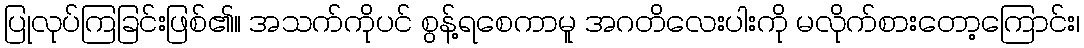
ပြုလုပ်ကြခြင်းဖြစ်၏။ အသက်ကိုပင် စွန့်ရစေကာမူ အဂတိလေးပါးကို မလိုက်စားတော့ကြောင်း၊